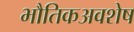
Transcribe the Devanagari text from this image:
भौतिकअवशेष